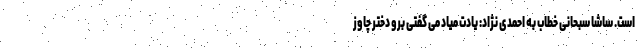
است. ساشا سبحانی خطاب به احمدی نژاد: یادت میاد می گفتی برو دختر چاوز